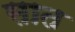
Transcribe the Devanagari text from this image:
सात